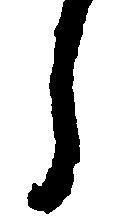
し